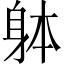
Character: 躰